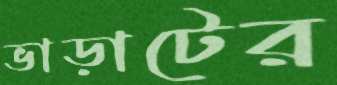
ভাড়াটের